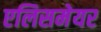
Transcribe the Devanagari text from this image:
एलिसमेयर